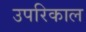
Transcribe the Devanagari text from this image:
उपरिकाल